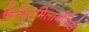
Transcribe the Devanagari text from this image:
फ़ेयेरामिलानोसिटी